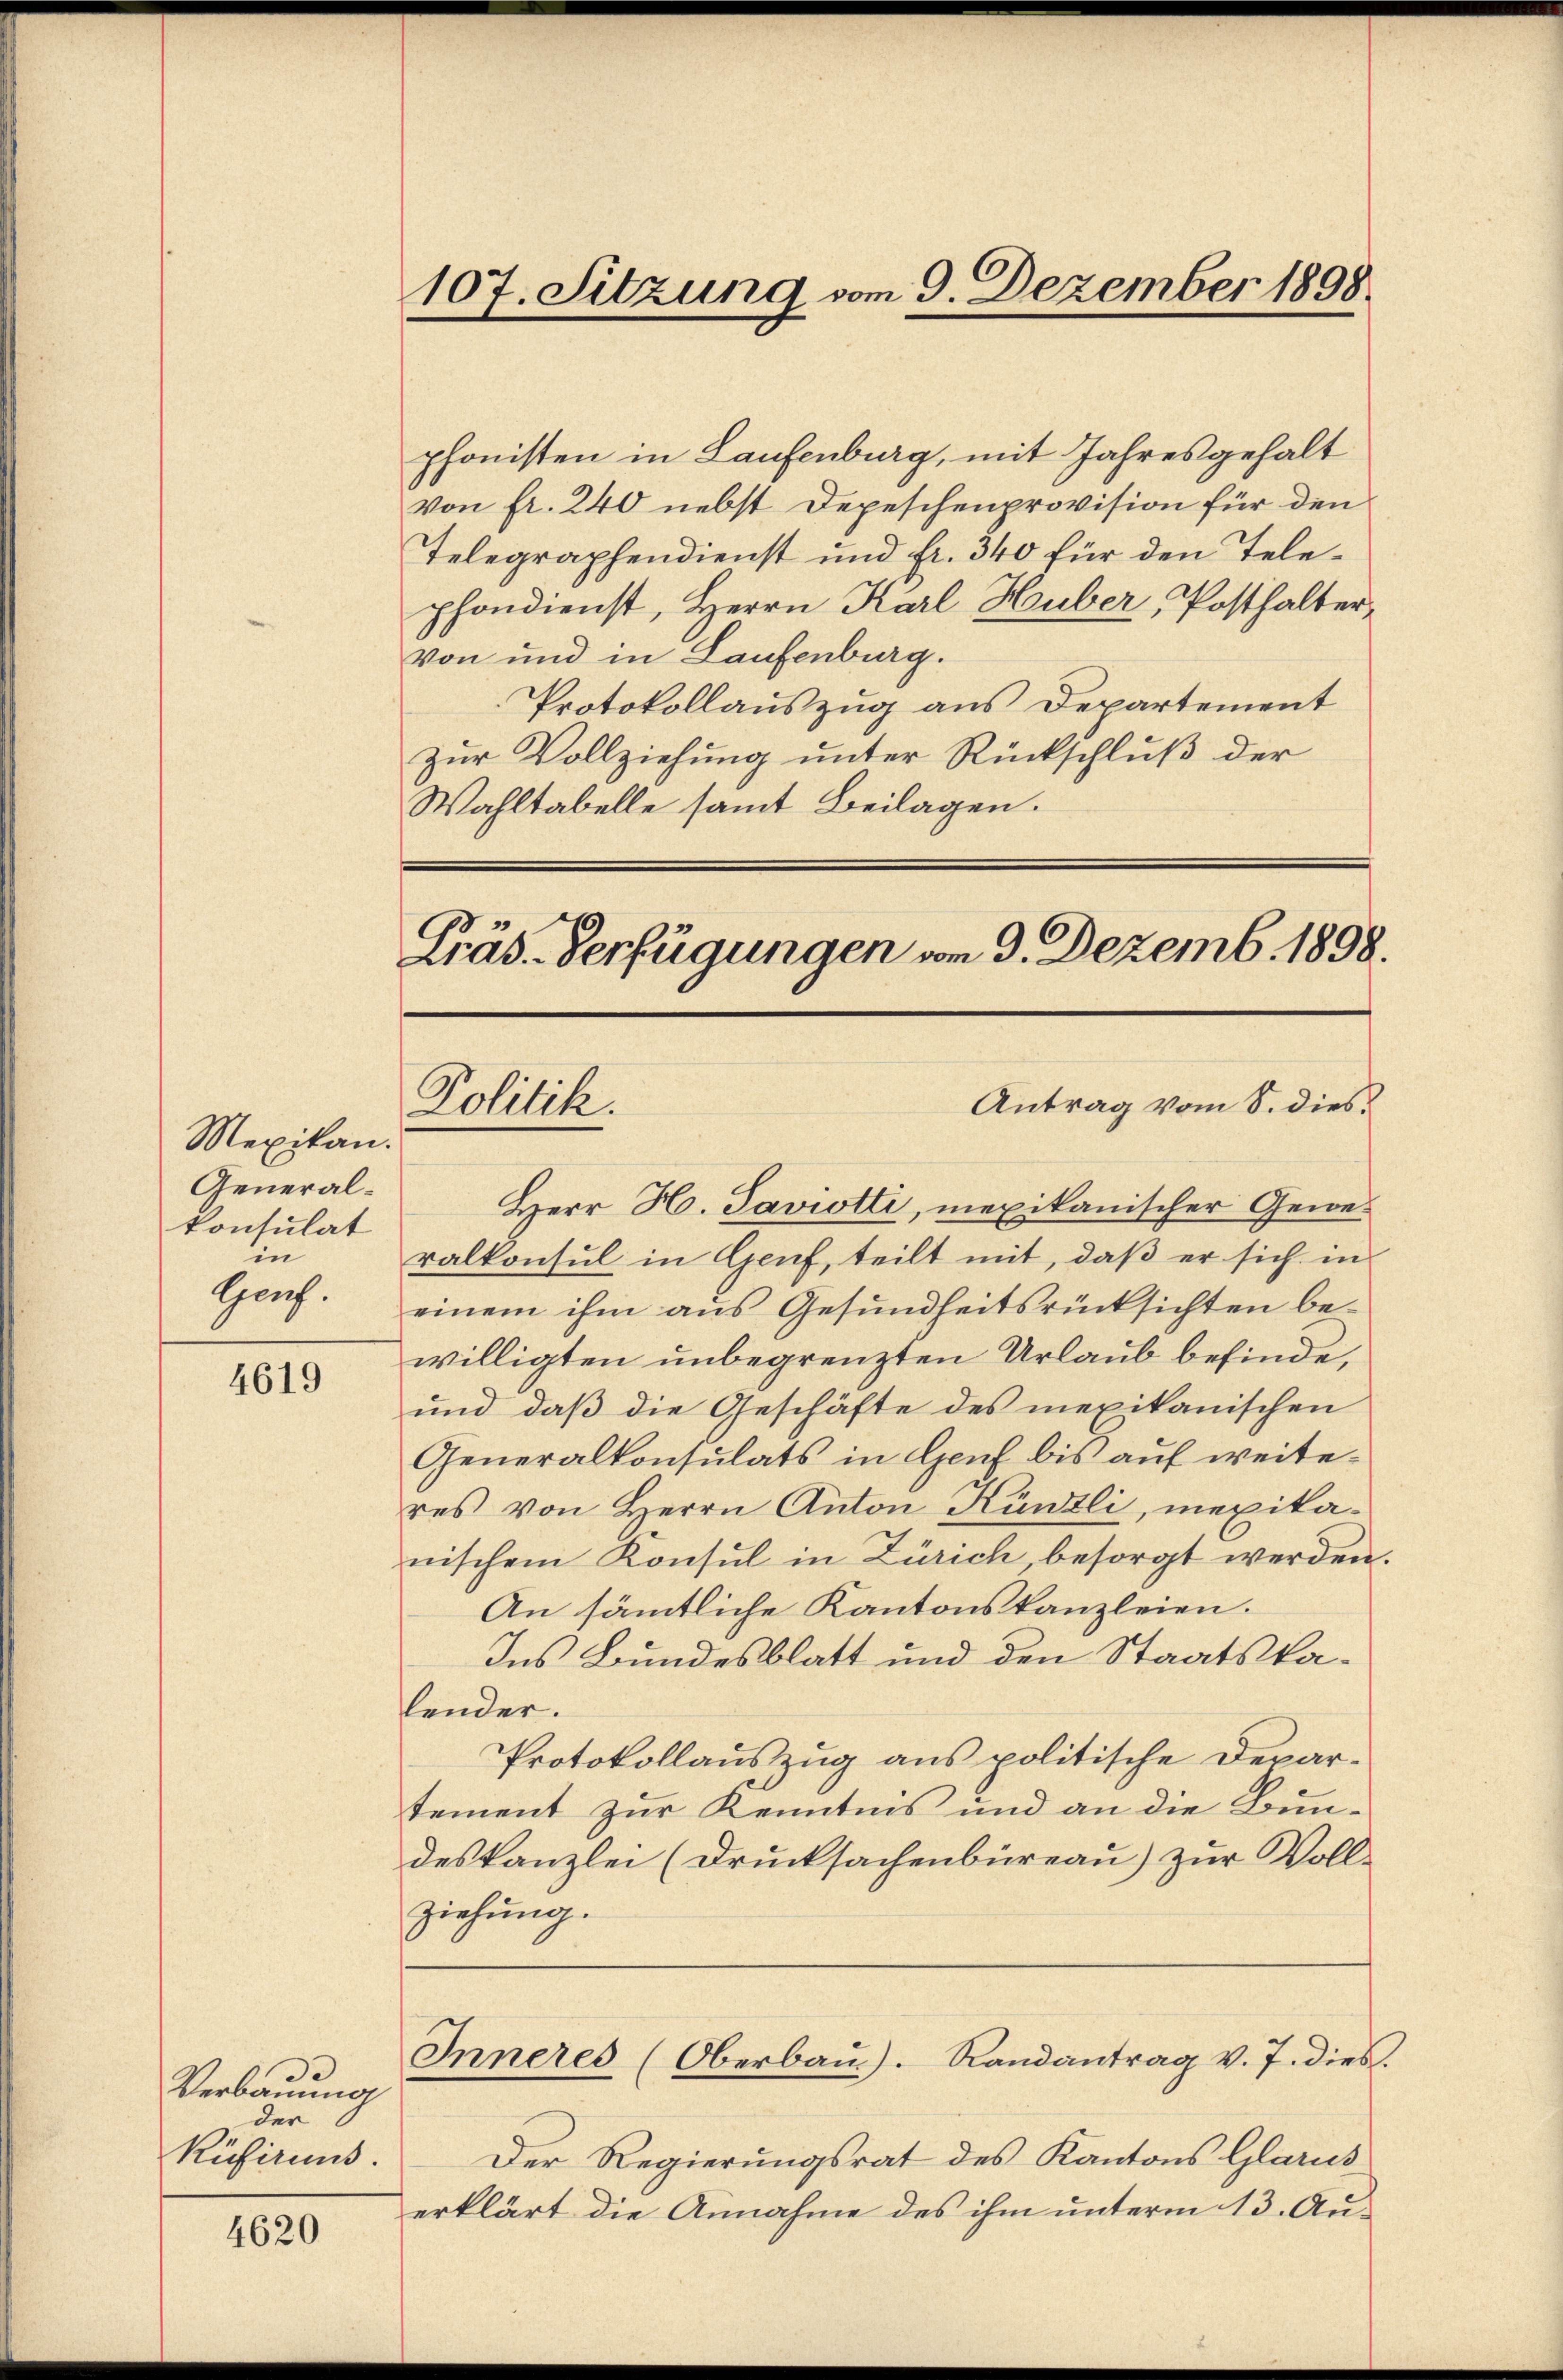
Mexikan.
Generalkonsulat
in
Spruch.

4619

3
Verbauung
der
Rüsirens.

4620

107. Sitzung vom 9. Dezember 1898

phonisten in Laufenburg, mit Jahresgehalt
von fr. 240 nebst Depeschenprovision für den
Telegraphendienst und fr. 340 für den Telephondienst, Herrn Karl Huber, Posthaltervon und in Laufenburg.
Protokollauszug aus Departement
zur Vollziehung unter Rückschluß der
Wahltabelle samt Beilagen.

Präs. Verfügungen vom 9. Dezemb. 1898.
Antrag vom S. dies
Politik.

Herr H. Saviotti, mexikanischer Geweralkonsul in Genf, teilt mit, daß er sich in
einem ihm aŭs Gesŭndheitsrücksichten be-
willigten unbegrenzten Urlaub befinde,
und daß die Geschäfte des mexikanischen
Generalkonsulats in Genf bis auf weiteres von Herrn Anton Künzli, mexikanischem Konsul in Zürich besorgt werden.
An sämtliche Kantonskanzleien.
Ins Bundesblatt und den Staatskalender.
Protokollauszug aus politische Depar-
tement zur Kenntnis und an die Bundeskanzlei (Drucksachenbüreau) zur Voll-
ziehung.
Inneres (Oberbau). Randantrag v. 7. dies
Der Regierungsrat des Kantons Glarus
erklärt die Annahme des ihm unterm 13. Au¬